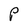
Character: P